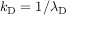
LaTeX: k _ { \mathrm { { D } } } = 1 / \lambda _ { \mathrm { { D } } }